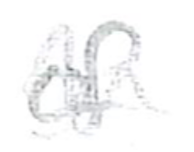
Text: of
Cross-out: wave
Writing tool: pencil